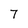
Character: 7